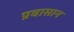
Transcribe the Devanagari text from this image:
प्रवासान